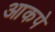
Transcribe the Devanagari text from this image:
आकपे